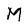
Character: M